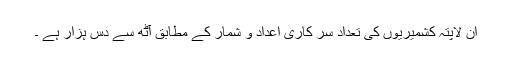
ان لاپتہ کشمیریوں کی تعداد سر کاری اعداد و شمار کے مطابق آٹھ سے دس ہزار ہے ۔